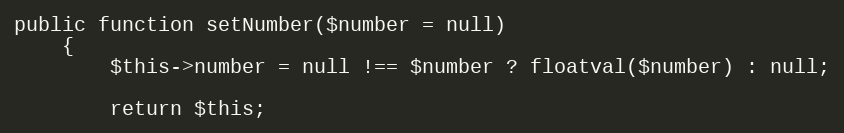
Language: PHP
public function setNumber($number = null)
    {
        $this->number = null !== $number ? floatval($number) : null;

        return $this;